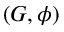
( G , \phi )